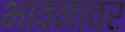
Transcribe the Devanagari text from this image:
भावनावर